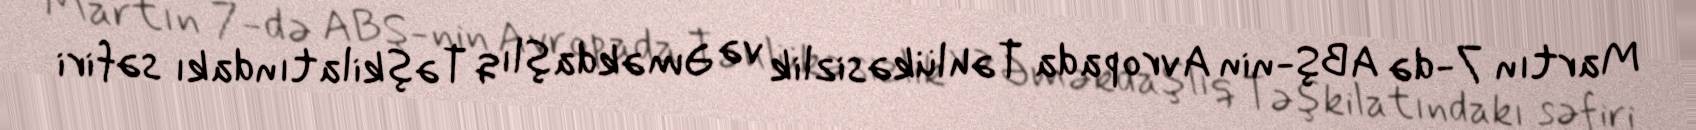
Martın 7-də ABŞ-nin Avropada Təhlükəsizlik və Əməkdaşlıq Təşkilatındakı səfiri